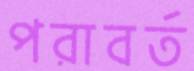
পরাবর্ত